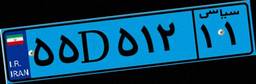
۵۵D۵۱۲۱۱